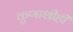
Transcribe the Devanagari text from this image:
कुणाशीही